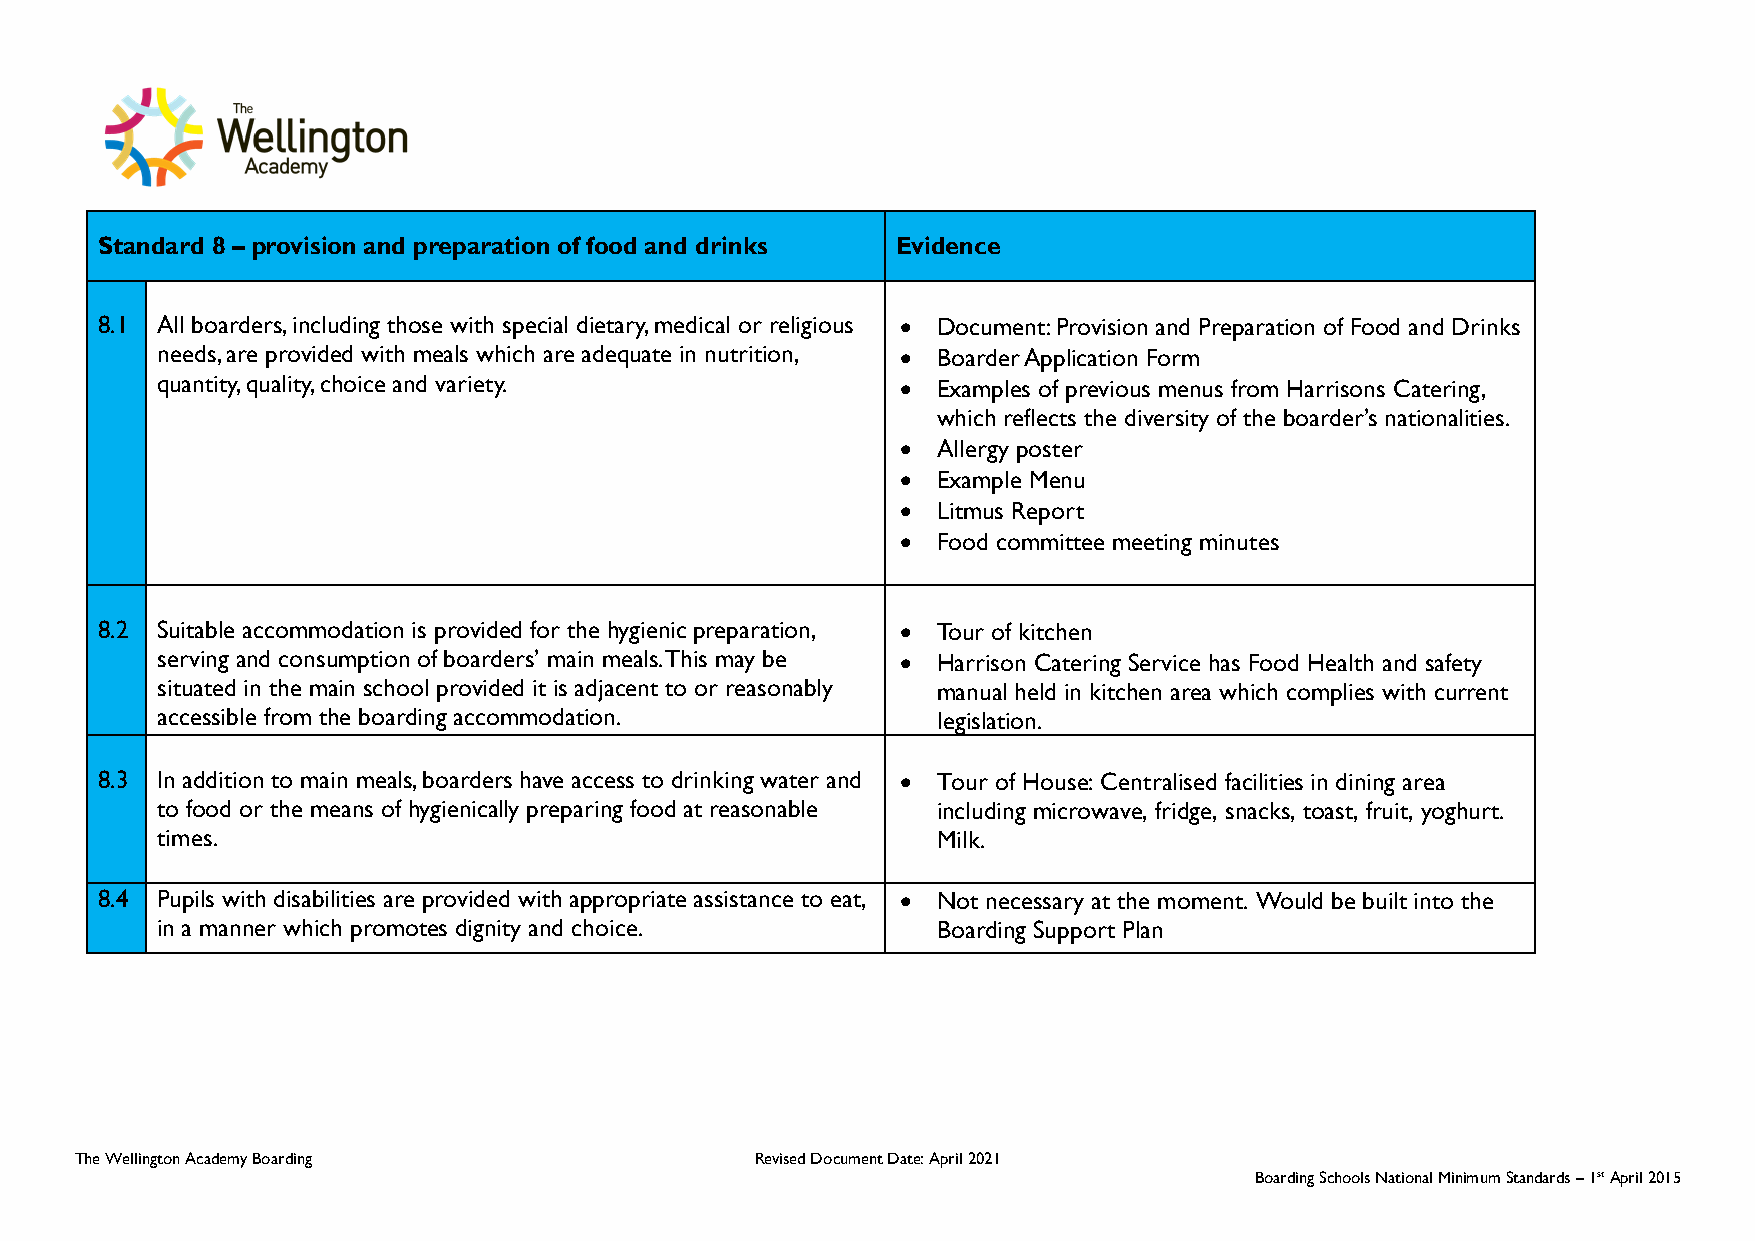
Standard 8 – provision and preparation of food and drinks Evidence
 8.1 All boarders, including those with special dietary, medical or religious • Document: Provision and Preparation of Food and Drinks
 needs, are provided with meals which are adequate in nutrition, • Boarder Application Form
 quantity, quality, choice and variety.            • Examples of previous menus from Harrisons Catering,
 which reflects the diversity of the boarder’s nationalities.
 • Allergy poster
 • Example Menu
 • Litmus Report
 • Food committee meeting minutes
 8.2 Suitable accommodation is provided for the hygienic preparation, • Tour of kitchen
 serving and consumption of boarders’ main meals. This may be • Harrison Catering Service has Food Health and safety
 situated in the main school provided it is adjacent to or reasonably manual held in kitchen area which complies with current
 accessible from the boarding accommodation.         legislation.
 8.3 In addition to main meals, boarders have access to drinking water and • Tour of House: Centralised facilities in dining area
 to food or the means of hygienically preparing food at reasonable including microwave, fridge, snacks, toast, fruit, yoghurt.
 times.                                              Milk.
 8.4 Pupils with disabilities are provided with appropriate assistance to eat, • Not necessary at the moment. Would be built into the
 in a manner which promotes dignity and choice.      Boarding Support Plan
 The Wellington Academy Boarding              Revised Document Date: April 2021
 Boarding Schools National Minimum Standards – 1st April 2015